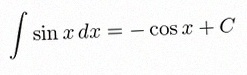
\int \sin x\,dx=-\cos x+C